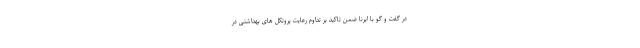
در گفت و گو با ایرنا ضمن تاکید بر تداوم رعایت پروتکل های بهداشتی در